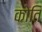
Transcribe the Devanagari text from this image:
कोति